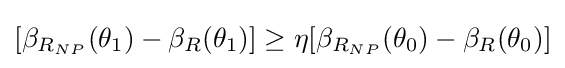
[\beta _{R_{NP}}(\theta _{1})-\beta _{R}(\theta _{1})]\geq \eta [\beta _{R_{NP}}(\theta _{0})-\beta _{R}(\theta _{0})]